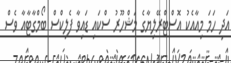
އަދި ހަމަ މިއާއެކު އޮސްޓްރޭލިޔާގެ މަޝްހޫރު ސްކައި ޑައިވާ ފެލިކްސް ބޯމްގާޓާއާ ވެސް